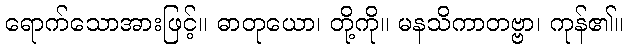
ရောက်သောအားဖြင့်။ ဓာတုယော၊ တို့ကို။ မနသိကာတဗ္ဗာ၊ ကုန်၏။